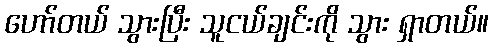
ဟော်တယ် သွားပြီး သူငယ်ချင်းကို သွား ရှာတယ်။